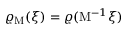
\varrho _ { \mathrm { M } } ( \xi ) = \varrho ( \mathrm { M } ^ { - 1 } \xi )